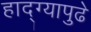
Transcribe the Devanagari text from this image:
हाद्ग्यापुढे